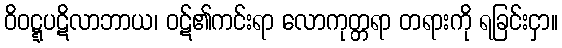
ဝိဝဋ္ဋပဋိလာဘာယ၊ ဝဋ်၏ကင်းရာ လောကုတ္တရာ တရားကို ရခြင်းငှာ။